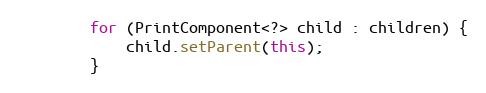
Language: Java
		for (PrintComponent<?> child : children) {
			child.setParent(this);
		}